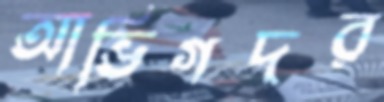
আভিগদর